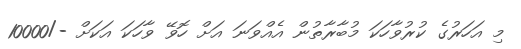
މި އަހަރުގެ ކުރުވާހަކަ މުބާރާތުން އެއްވަނަ އަށް ހޮވޭ ވާހަކަ އަކަށް -/10000